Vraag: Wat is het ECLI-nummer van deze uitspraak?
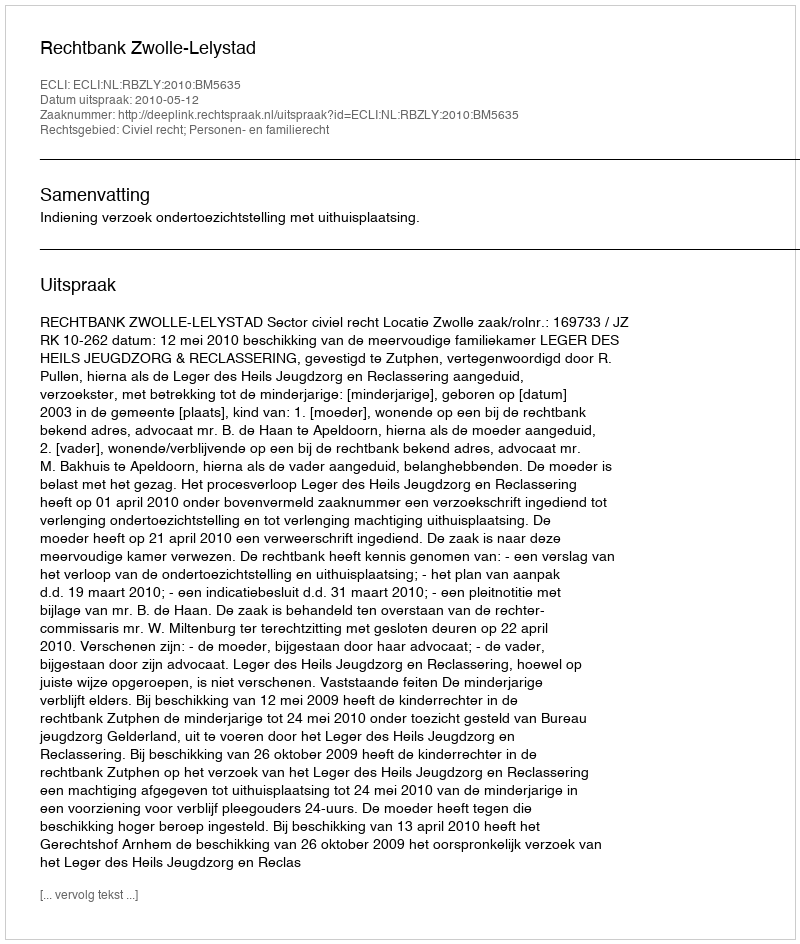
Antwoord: ECLI:NL:RBZLY:2010:BM5635